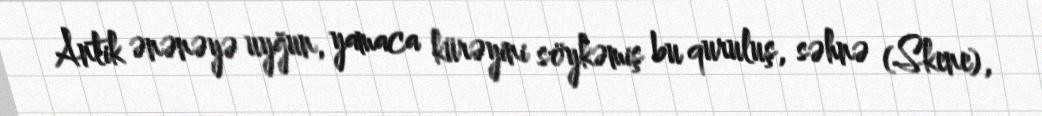
Antik ənənəyə uyğun, yamaca kürəyini söykəmiş bu quruluş, səhnə (Skene),